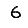
Digit: 6